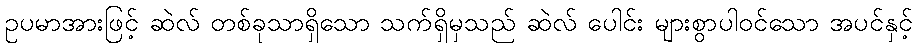
ဥပမာအားဖြင့် ဆဲလ် တစ်ခုသာရှိသော သက်ရှိမှသည် ဆဲလ် ပေါင်း များစွာပါဝင်သော အပင်နှင့်